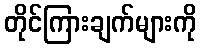
တိုင်ကြားချက်များကို